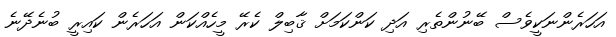
އަހަރެންނަކީވެސް ބޭނުންތެރި އަދި ކަންކަމަށް ޤާބިލް ކެރޭ މީހެއްކަން އަހަރެން ކައިރީ ބުނެދޭނެ